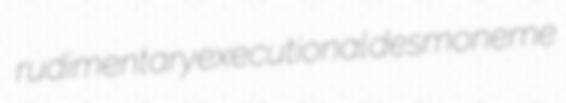
rudimentary executional desmoneme